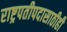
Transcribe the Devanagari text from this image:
राष्ट्रपतीपदासाठीही